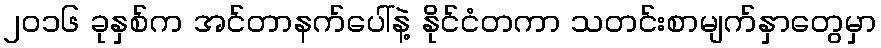
၂၀၁၆ ခုနှစ်က အင်တာနက်ပေါ်နဲ့ နိုင်ငံတကာ သတင်းစာမျက်နှာတွေမှာ